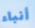
أنباء